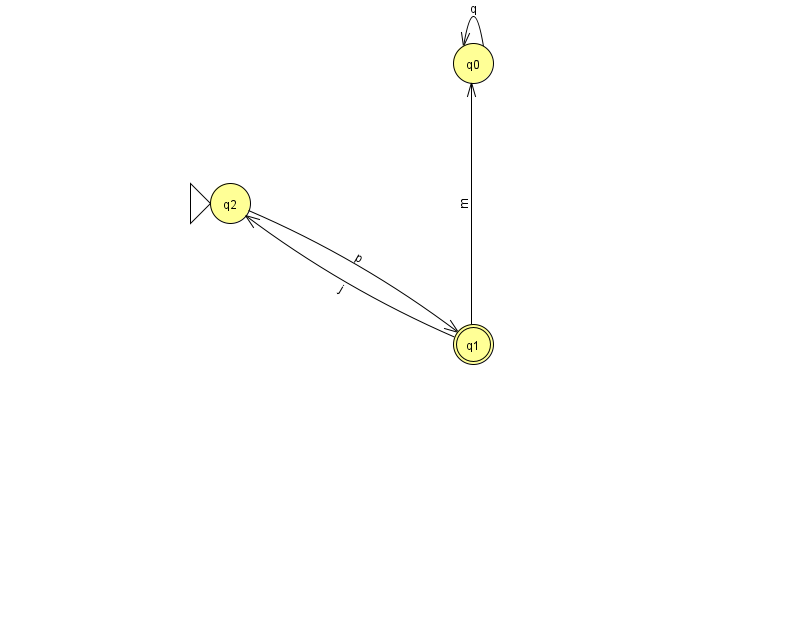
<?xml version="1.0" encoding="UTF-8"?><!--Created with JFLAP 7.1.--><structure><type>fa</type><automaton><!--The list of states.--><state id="0" name="q0"><x>473.0</x><y>50.0</y></state><state id="1" name="q1"><x>473.0</x><y>331.0</y><final/></state><state id="2" name="q2"><x>230.0</x><y>190.0</y><initial/></state><!--The list of transitions.--><transition><from>0</from><to>0</to><read>q</read></transition><transition><from>1</from><to>0</to><read>m</read></transition><transition><from>1</from><to>2</to><read>j</read></transition><transition><from>2</from><to>1</to><read>p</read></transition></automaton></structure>